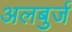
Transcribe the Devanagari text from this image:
अलबुर्ज